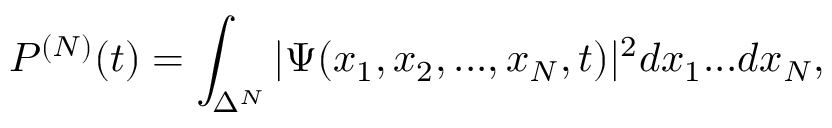
P ^ { ( N ) } ( t ) = \int _ { \Delta ^ { N } } | \Psi ( x _ { 1 } , x _ { 2 } , . . . , x _ { N } , t ) | ^ { 2 } d x _ { 1 } . . . d x _ { N } ,